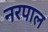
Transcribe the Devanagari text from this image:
नरपाल